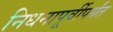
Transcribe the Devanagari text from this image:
निधनापूर्वीपर्यंत